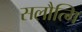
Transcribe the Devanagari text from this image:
सलौत्गि